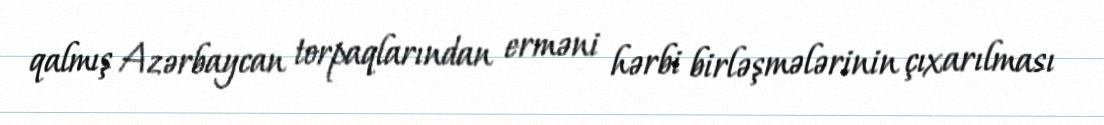
qalmış Azərbaycan torpaqlarından erməni hərbi birləşmələrinin çıxarılması